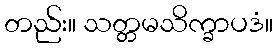
တည်း။ သတ္တမသိက္ခာပဒံ။